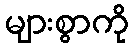
များစွာကို